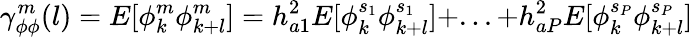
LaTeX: \gamma_{\phi\phi}^{m}(l)=E[\phi_{k}^{m}\phi_{k+l}^{m}]=h_{a1}^{2}E[\phi_{k}^{s_{1}}\phi_{k+l}^{s_{1}}]+...+h_{aP}^{2}E[\phi_{k}^{s_{P}}\phi_{k+l}^{s_{P}}]